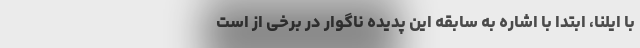
با ایلنا، ابتدا با اشاره به سابقه این پدیده ناگوار در برخی از است